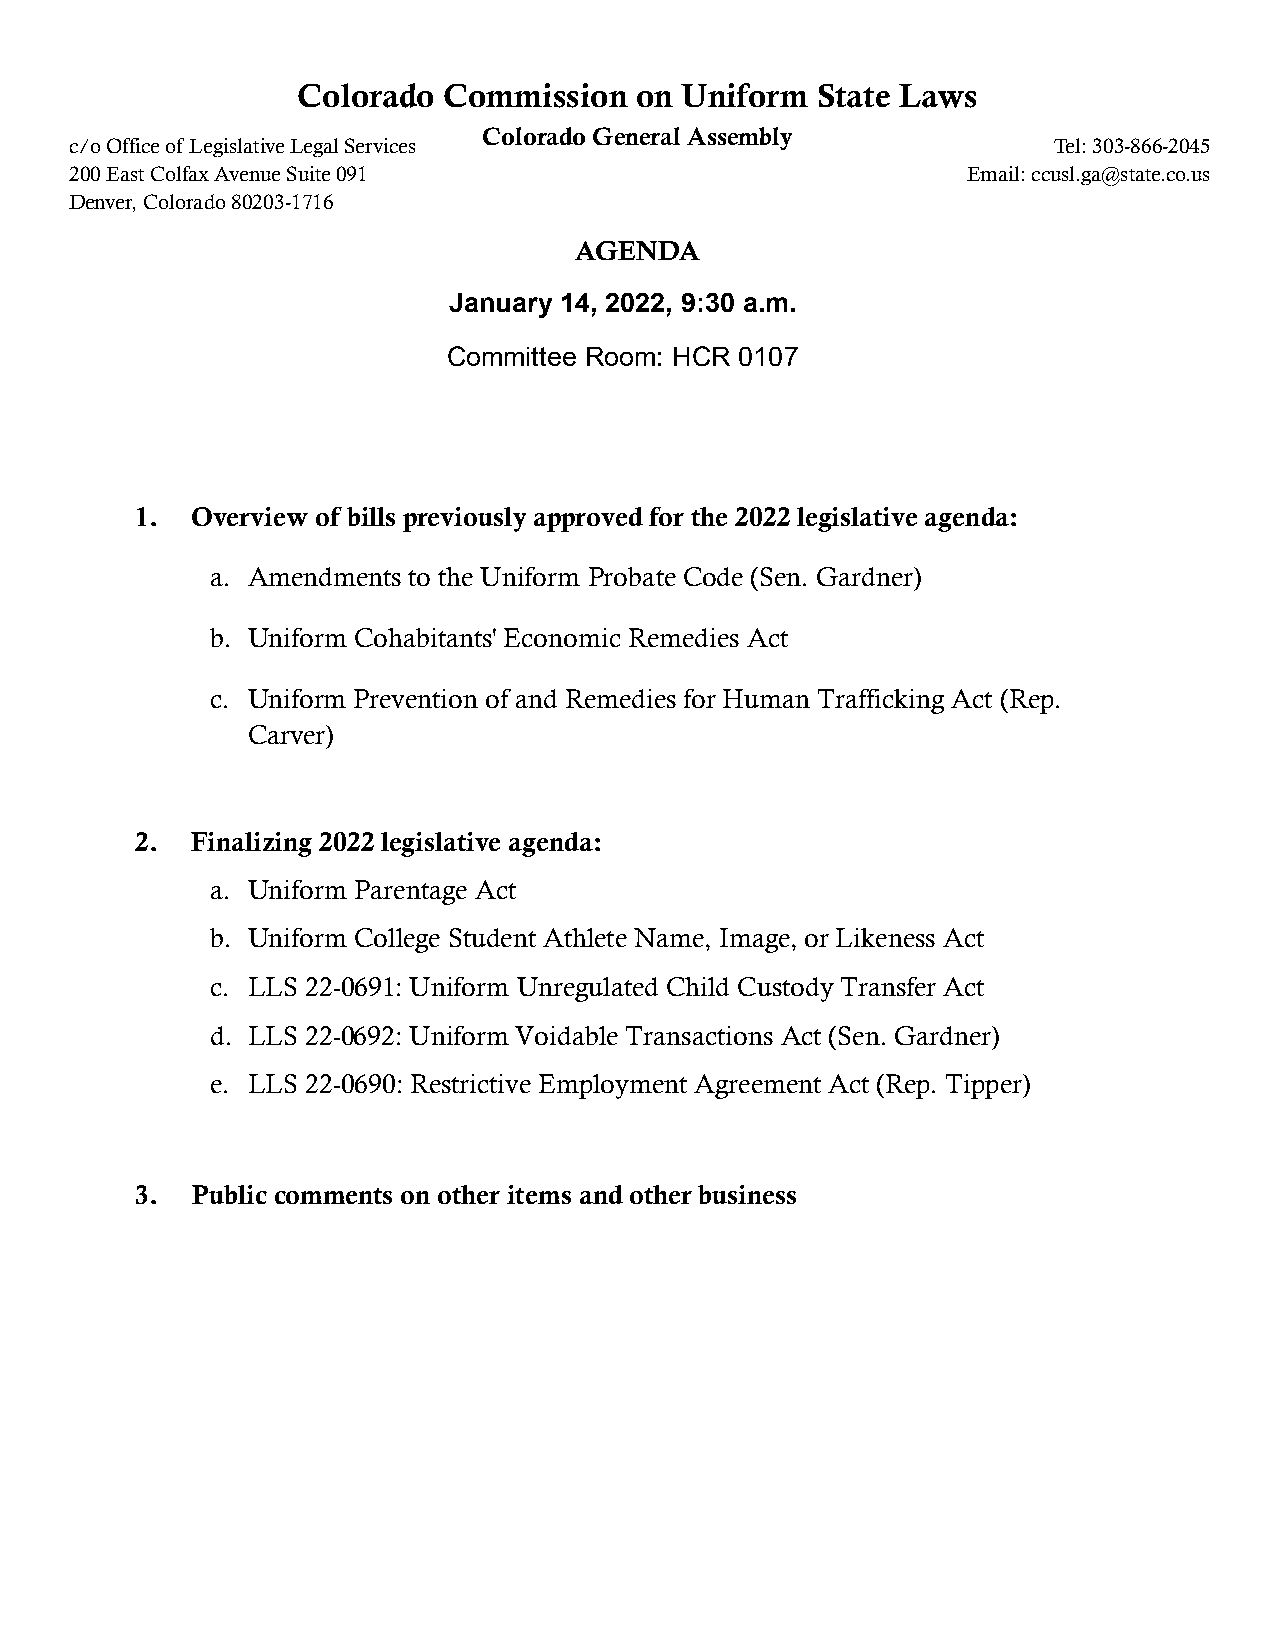
Colorado Commission   on Uniform  State Laws
 Colorado General Assembly
 c/o Office of Legislative Legal Services                         Tel: 303-866-2045
 200 East Colfax Avenue Suite 091                           Email: ccusl.ga@state.co.us
 Denver, Colorado 80203-1716
 AGENDA
 January 14, 2022, 9:30 a.m.
 Committee Room: HCR 0107
 1.  Overview of bills previously approved for the 2022 legislative agenda:
 a. Amendments to the Uniform Probate Code (Sen. Gardner)
 b. Uniform Cohabitants' Economic Remedies Act
 c. Uniform Prevention of and Remedies for Human Trafficking Act (Rep.
 Carver)
 2.  Finalizing 2022 legislative agenda:
 a. Uniform Parentage Act
 b. Uniform College Student Athlete Name, Image, or Likeness Act
 c. LLS 22-0691: Uniform Unregulated Child Custody Transfer Act
 d. LLS 22-0692: Uniform Voidable Transactions Act (Sen. Gardner)
 e. LLS 22-0690: Restrictive Employment Agreement Act (Rep. Tipper)
 3.  Public comments on other items and other business